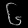
Digit: ၆